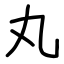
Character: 丸